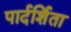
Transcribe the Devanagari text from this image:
पार्दर्शिता